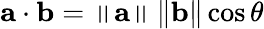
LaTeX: \mathbf{a}\cdot\mathbf{b}=\left\| \mathbf{a}\right\| \left\| \mathbf{b}\right\| \cos\theta